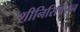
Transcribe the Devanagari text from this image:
शीनिसिषेशन